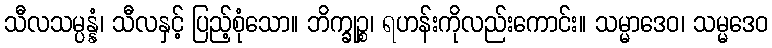
သီလသမ္ပန္နံ၊ သီလနှင့် ပြည့်စုံသော။ ဘိက္ခုဉ္စ၊ ရဟန်းကိုလည်းကောင်း။ သမ္မာဒေဝ၊ သမ္မဒေဝ